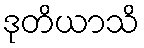
ဒုတိယာသိ